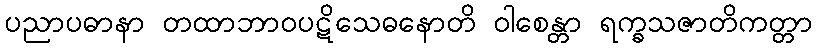
ပညာပဓာနာ တထာဘာဝပဋိသေဓနောတိ ဝါစေန္တာ ရက္ခသဇာတိကတ္တာ